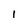
Character: l